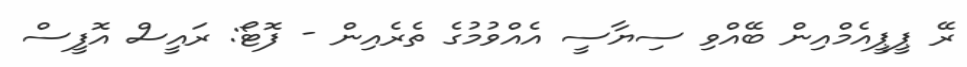
ރޭ ޕީޕީއެމްއިން ބޭއްވި ސިޔާސީ އެއްވުމުގެ ތެރެއިން - ފޮޓޯ: ރައީސް އޮފީސް